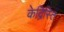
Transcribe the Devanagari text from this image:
केद्रिस्ति